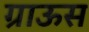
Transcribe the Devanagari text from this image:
ग्राऊस